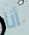
أنا